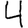
Digit: 4